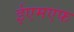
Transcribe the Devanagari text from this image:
ईएमएफ